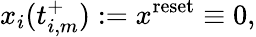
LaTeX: x_{i}(t_{i,m}^{+}):=x^{\mathrm{reset}}\equiv 0,